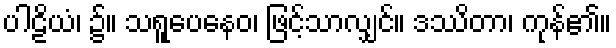
ပါဠိယံ၊ ၌။ သရူပေနေဝ၊ ဖြင့်သာလျှင်။ ဒဿိတာ၊ ကုန်၏။